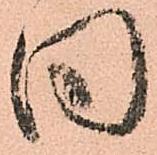
同